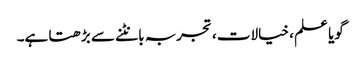
گویا علم ، خیالات ، تجربہ بانٹنے سے بڑھتا ہے۔